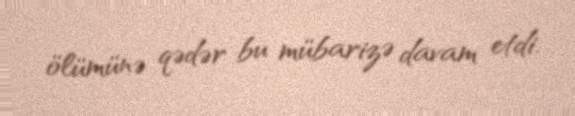
ölümünə qədər bu mübarizə davam etdi.